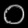
Digit: ၀